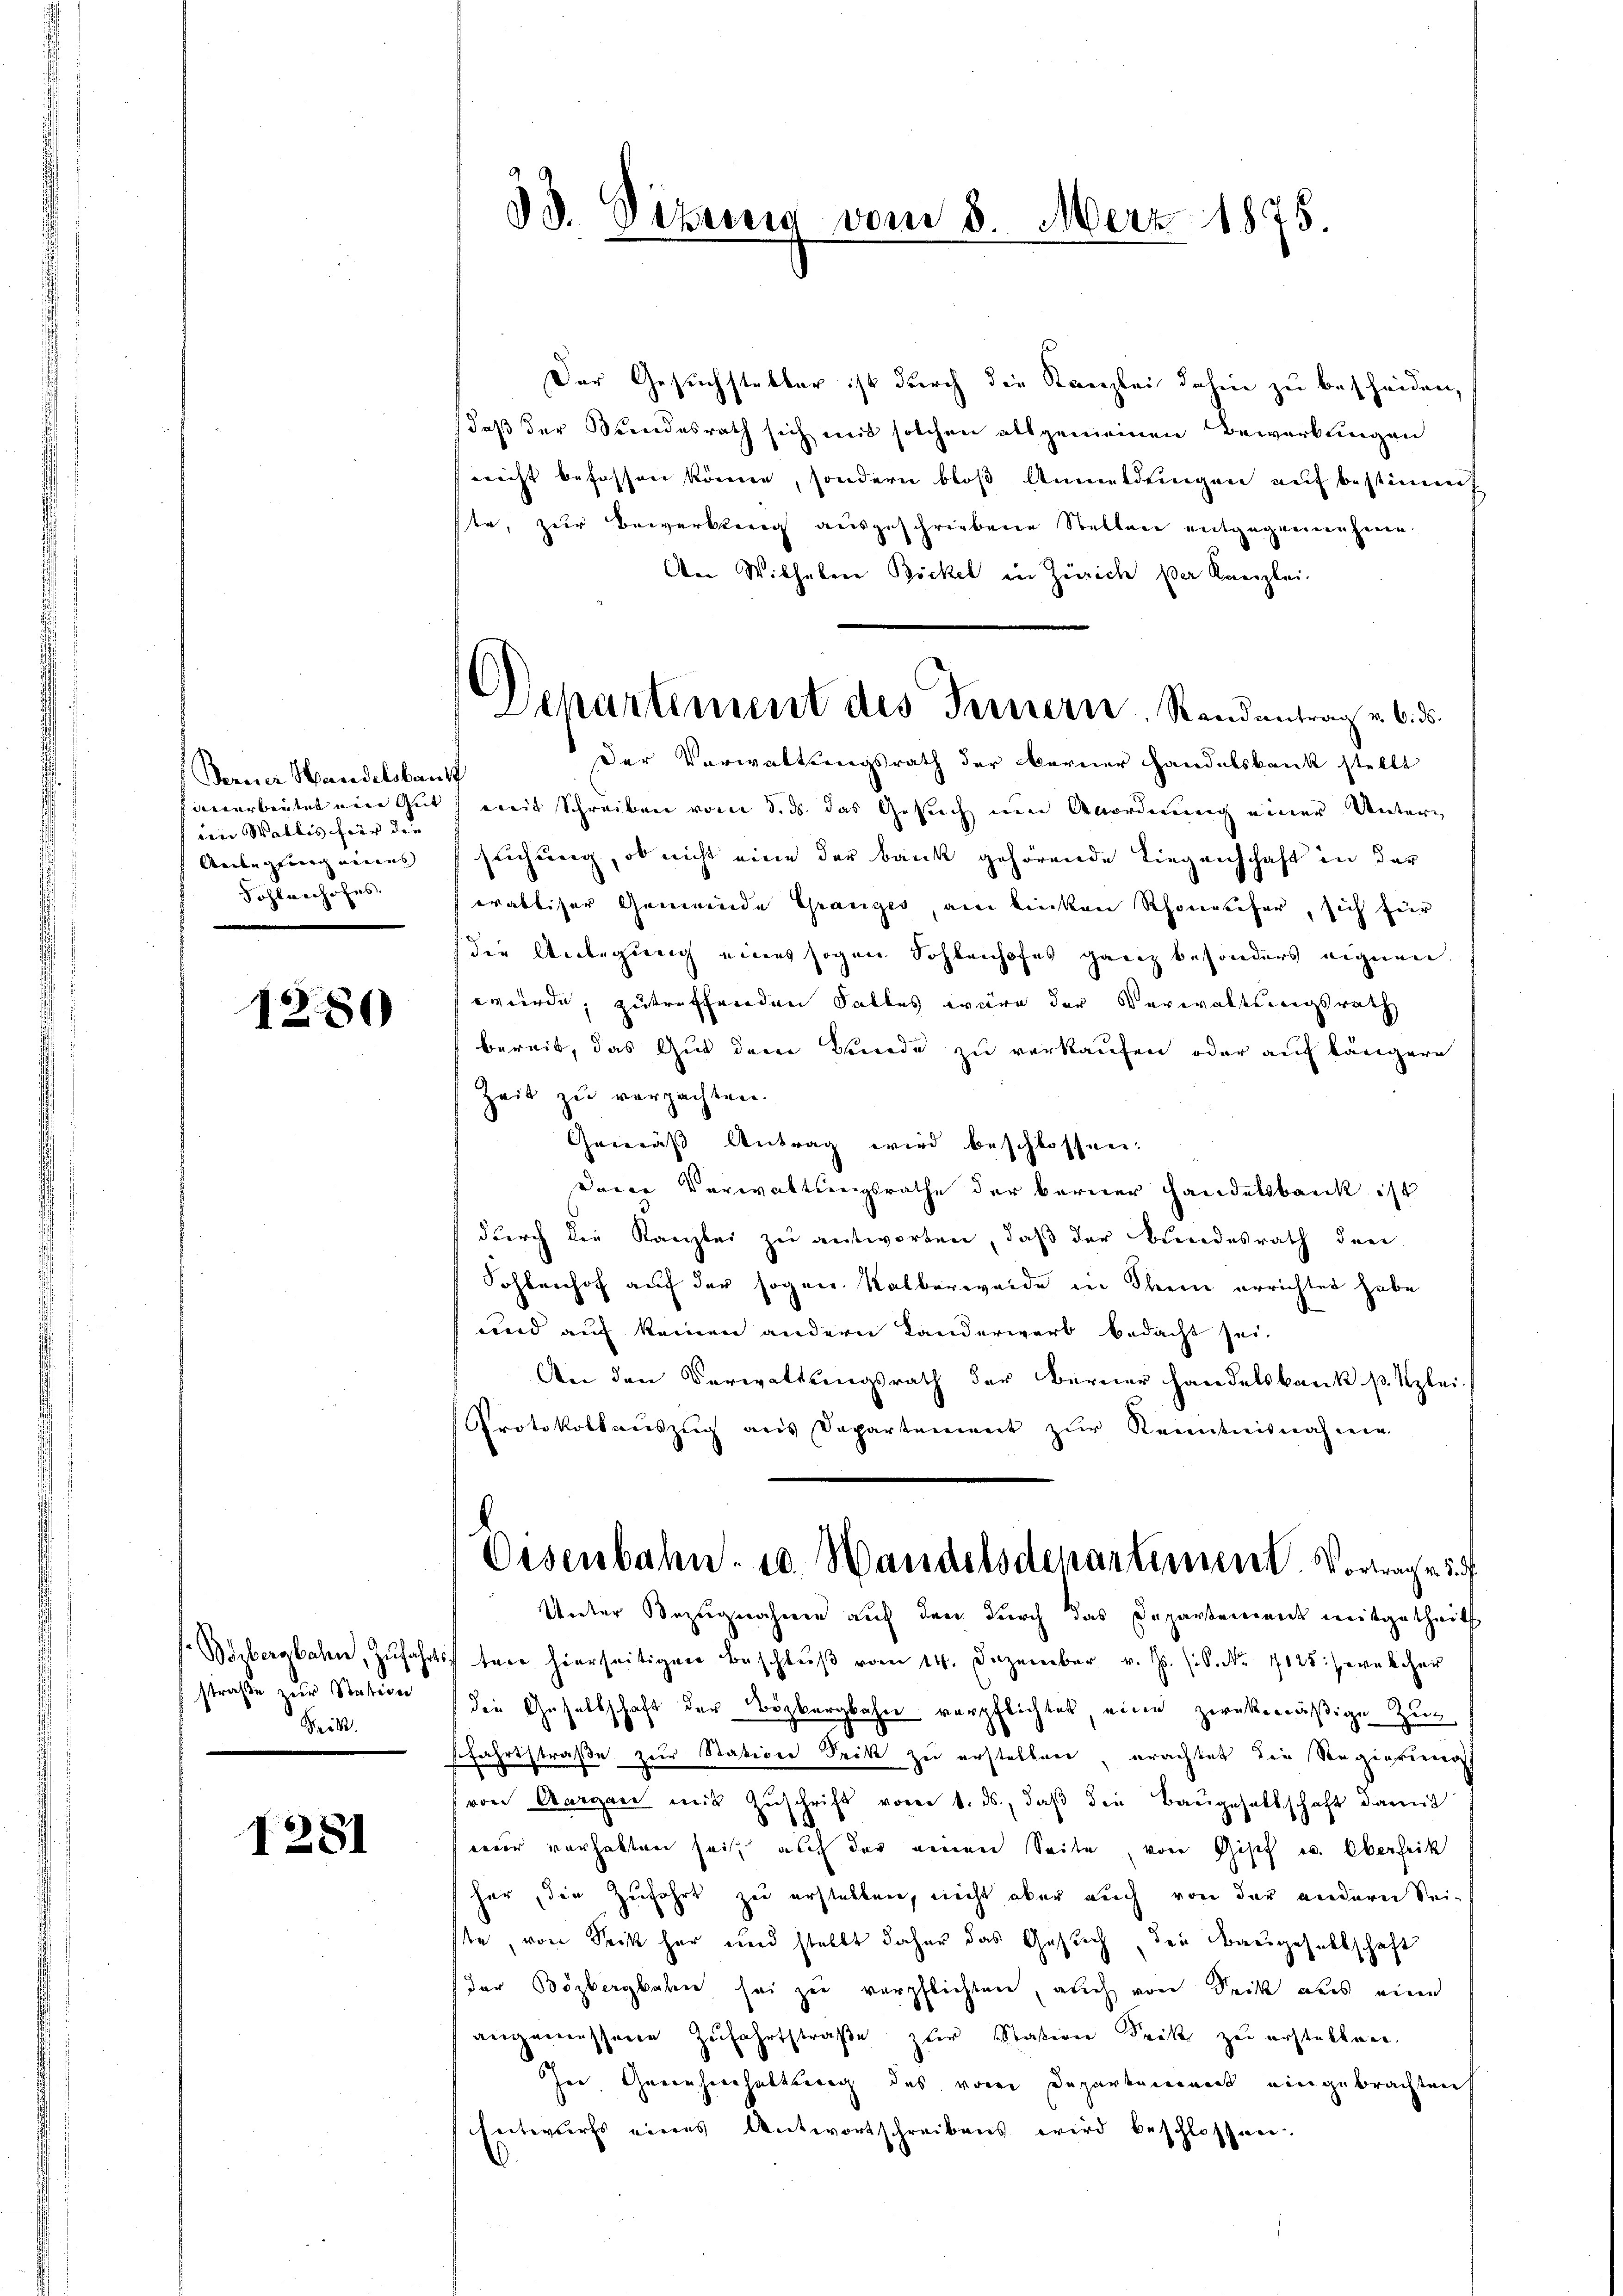
Ferner Handelsbank
in Wallis hier die |
Reibe gewach einens |
Sohlenhofes

1280

straße zur Station
Beik.

1281

33. Ditung vom 8. März 1875.

Departement des Fernern. Randantrag v. 6. ds.

Der Gesuchstetter ist durch die Kanzlei dahin zu bescheiden,
daß der Bundesrath sich mit solchen allgemeinen Bewerbungen
(nicht befassen könne, sondern bloß Anmeldungen auf bestimmt
ste, zur Bewerkeng ausgeschriebene Stellen entgegennahme.
An Wilhelen Bickel in Zürich der Kanzlei-
Der Vorwaltungsrath der Berner Handelsbank stellt
anarbeitet ein Gut mit Schreiben vom 3. ds. das Gesuch um Anordnung einer Untersuchung, ob nicht eine der Bank gehörende Liegenschaft in der
oraktiser Gemeinde Gränz(...) am linken Rhonerefer, sich für
die Anlegung eines sogen Sohlenhofes ganz besonders eignen,
wurde, zutreffenden Falles wäre der Verwaltungsrath
bereit, das Gut dem Bunde zu verkaufen oder auf längere
Zeit zu verpachten.
Gemäß Antrag wird beschlossen:
Deie Verwaltungsrathe der berner Handelsbank ist
durch die Kanzlei zu antworten, daß der Bundesrath den
Sohlenhof auf der sogen Kalberweide in Stein errichtet habe
und auf keinen andern Landerwerb bedacht sei.
An den Verwaltungsrath der Berner handelsbank. p. Kzlei-
Protokollauszug aus Departement zur Kenntnisnahme
Oisenbahn- u. Handelsdenartement. Vorwache 2
Unter Bezugnahme auf den durch das Departement mitgetheilt
 Bibergbahn, Zŭfahrt ten hierseitigen Beschlŭβ vom 14. Dezember v. Js. s. S. Nr. 1125 (welcher
die Gesellschaft der Bözbergbahn verpflichtes eine zwekmäßige Zug
fahrtstraße zur Station Seit zu erstellen, erachtet die Regierung
von Aargau mit Zŭschrift vom 1. ds., daβ die Baŭgesellschaft damit
weier vorhalten sei, auch der einen Seite, von Gisef u. Oberheit
her, die Zufahrt zu erstellen, nicht aber auch von der andern Seiste, von Seck her und stellt daher das Gesuch, den Baugesellschaft
der Bözbergbahn sei zu verpflichten, auch von Seite aus einen
angemessene Zufahrtstraße zur Station Seck zu erstellen.
Ire Greinhierhaltsweg des von Departement eingebrachten
Entwurfs eines Antwortschreibens wird beschlossen.